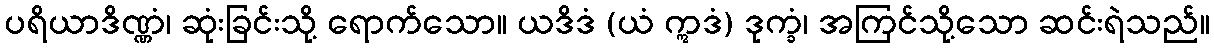
ပရိယာဒိဏ္ဏံ၊ ဆုံးခြင်းသို့ ရောက်သော။ ယဒိဒံ (ယံ ဣဒံ) ဒုက္ခံ၊ အကြင်သို့သော ဆင်းရဲသည်။